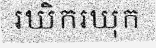
រឃិករឃុក